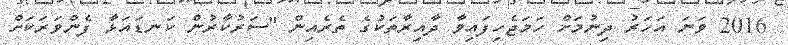
2016 ވަނަ އަހަރު ދިނުމަށް ހަމަޖެހިފައިވާ ދާއިރާތަކުގެ ތެރެއިން "ސަރުކާރުން ކަނޑައަޅާ ފެންވަރަކަށް